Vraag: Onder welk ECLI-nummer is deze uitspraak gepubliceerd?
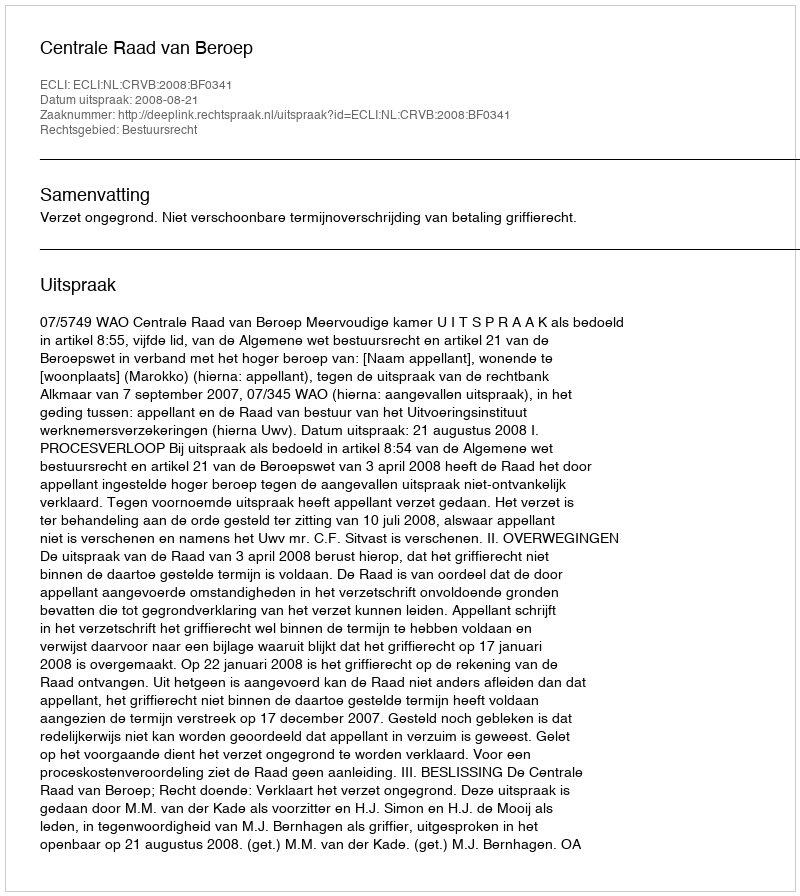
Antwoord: ECLI:NL:CRVB:2008:BF0341